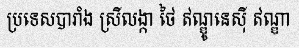
ប្រទេសបារាំង ស្រីលង្កា ថៃ ឥណ្ឌូនេស៊ី ឥណ្ឌា